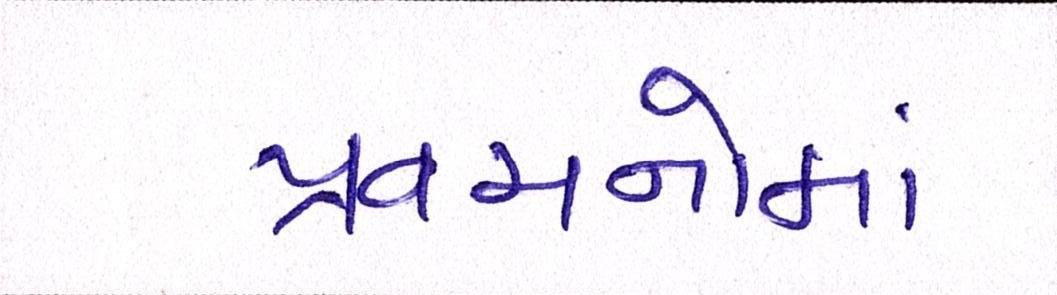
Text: પ્રવચનોમાં